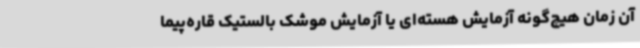
آن زمان هیچ‌گونه آزمایش هسته‌ای یا آزمایش موشک بالستیک قاره‌پیما